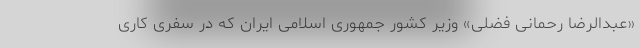
«عبدالرضا رحمانی فضلی» وزیر کشور جمهوری اسلامی ایران که در سفری کاری